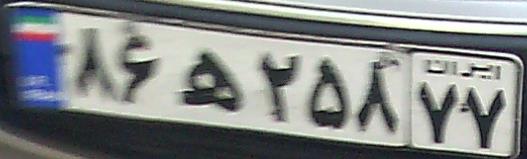
۸۶ه۲۵۸۷۷